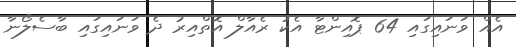
އެއް ވަނައިގައި 64 ޕޮއިންޓާ އެކު ރެއާލް އޮތްއިރު ދެ ވަނައިގައި ބާސެލޯނާ